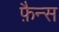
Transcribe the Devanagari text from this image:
फ़ैन्स